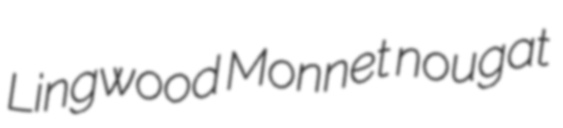
Lingwood Monnet nougat